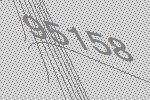
95158